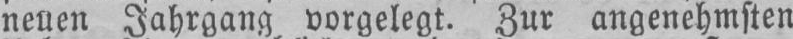
neuen Jahrgang vorgelegt. Zur angenehmsten